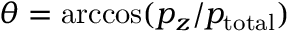
\theta = \operatorname { a r c c o s } ( p _ { z } / p _ { \mathrm { t o t a l } } )